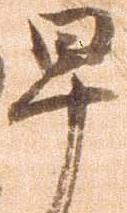
早